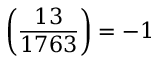
\left( { \frac { 1 3 } { 1 7 6 3 } } \right) = - 1